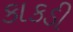
કાકડી